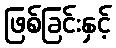
ဖြစ်ခြင်းနှင့်